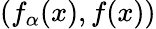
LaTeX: (f_{\alpha}(x),f(x))